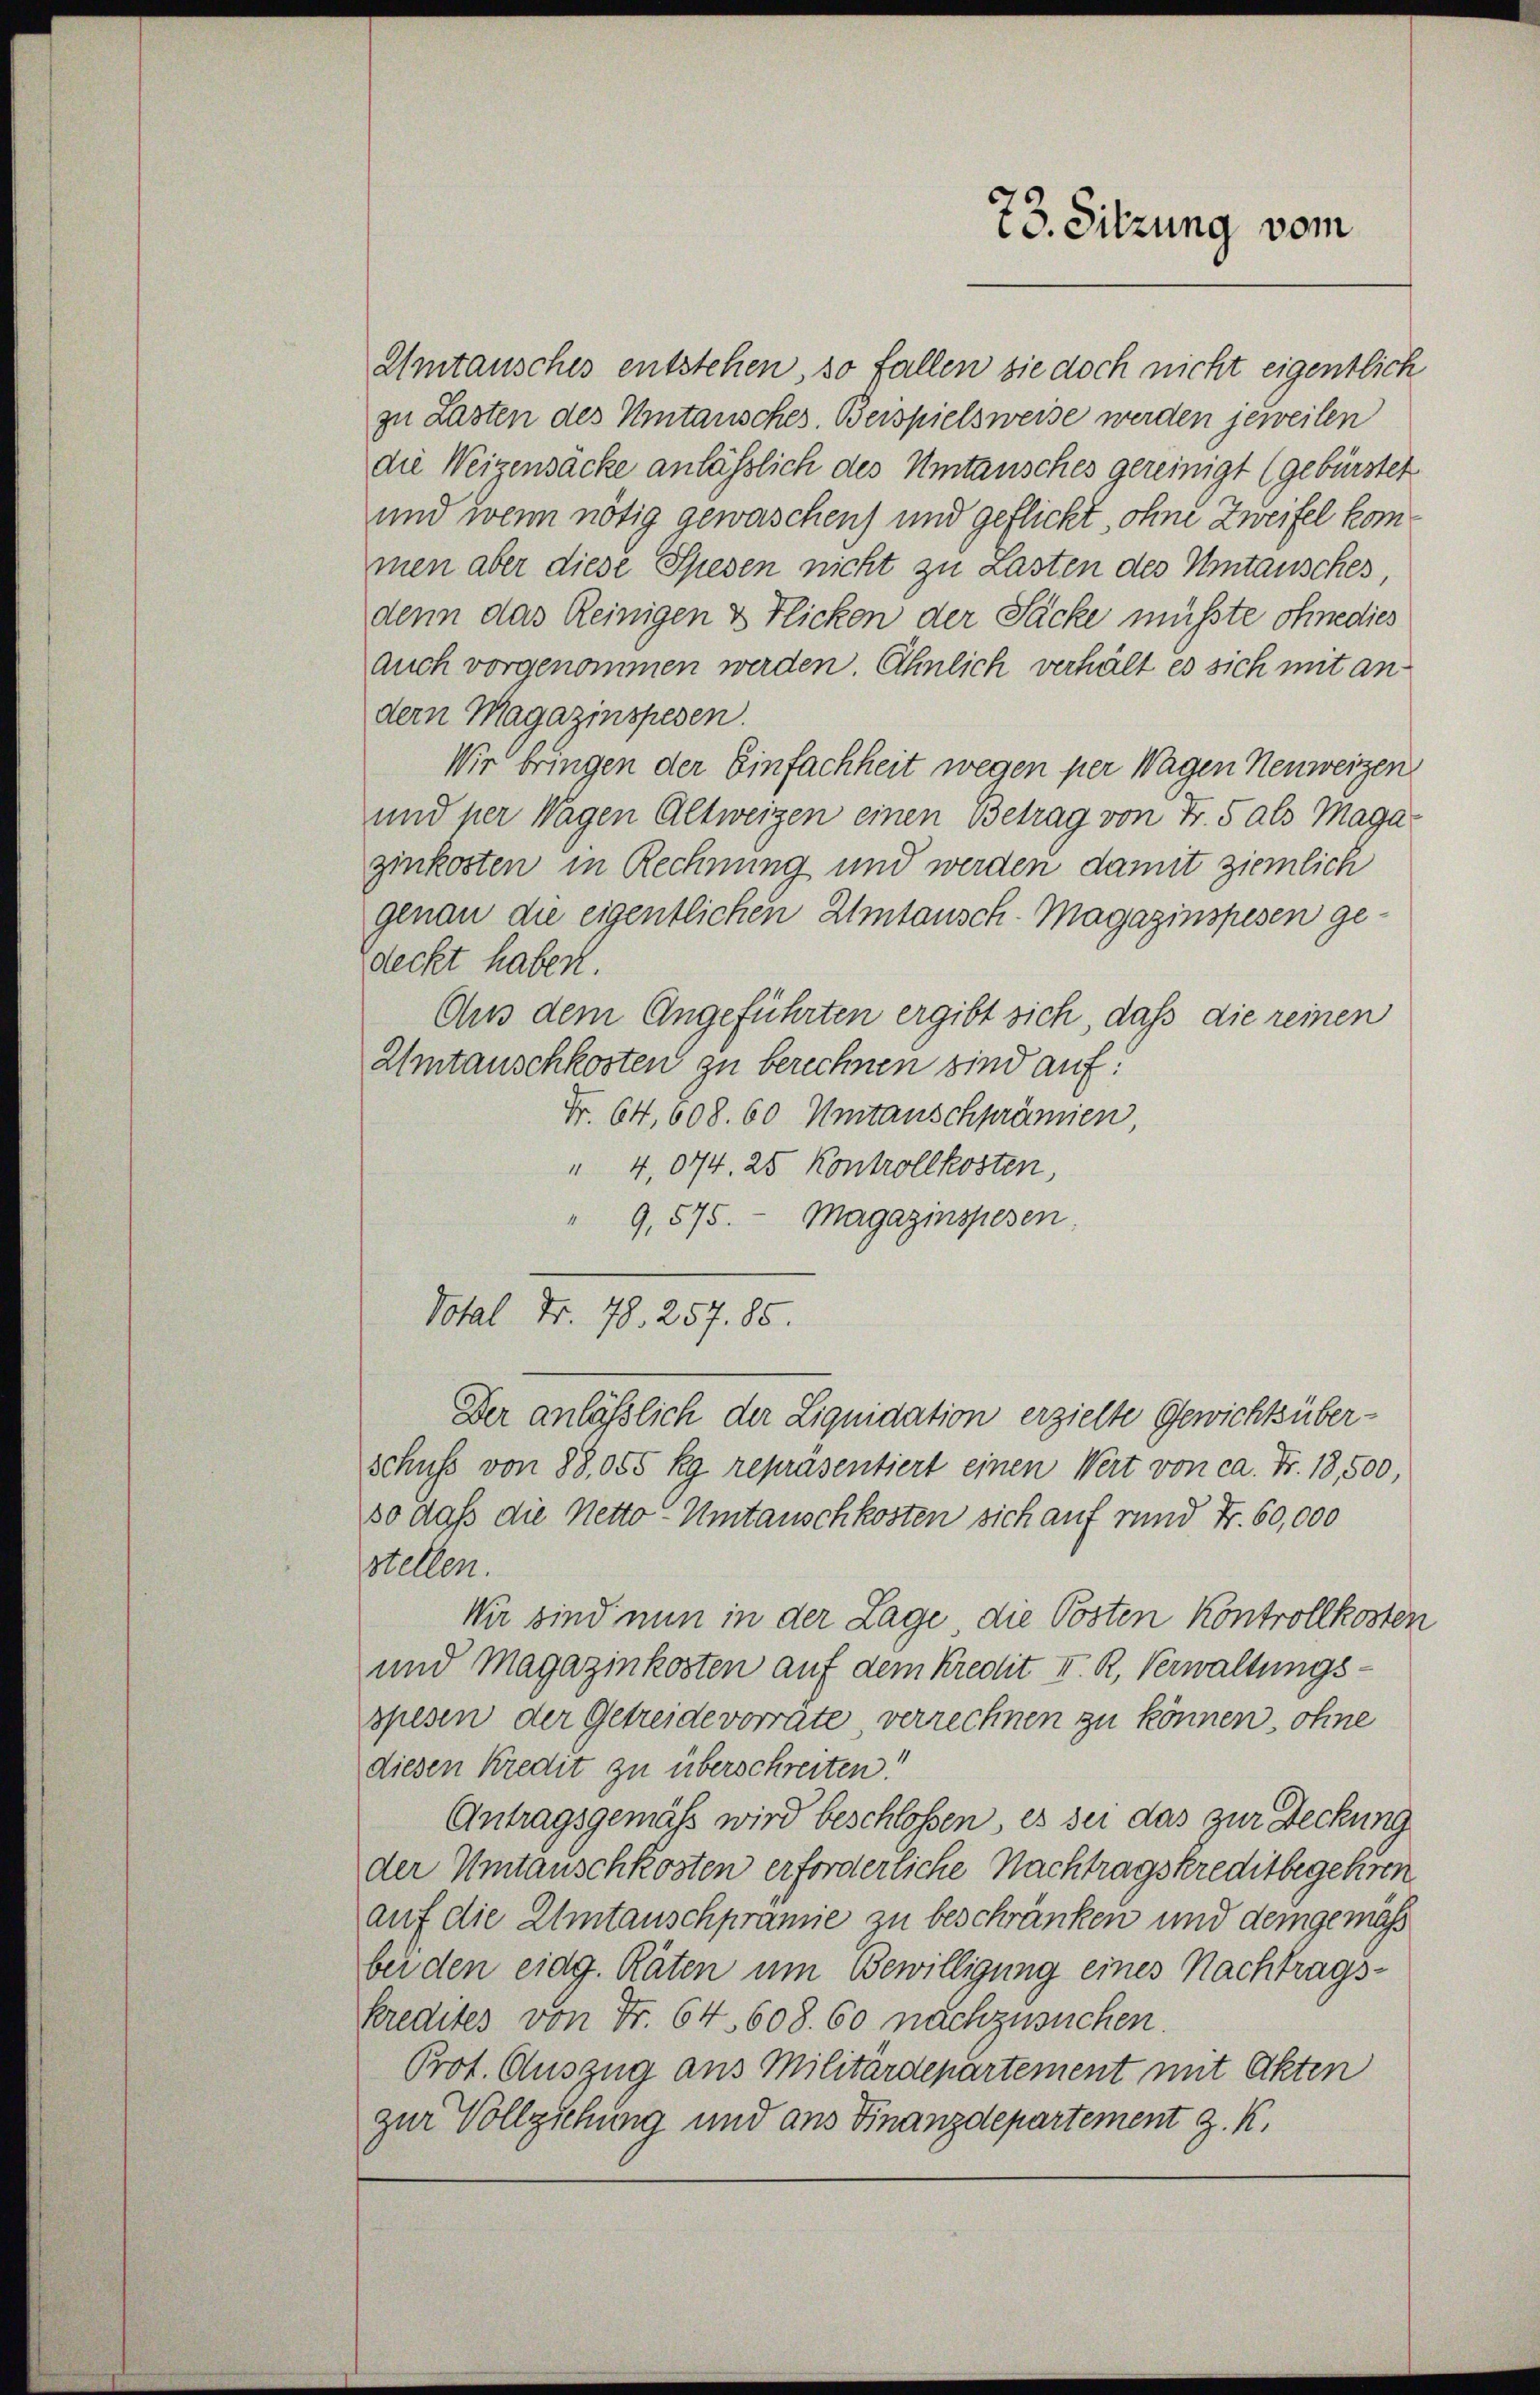
Umtausches entstehen, so fallen sie doch nicht eigentlich
zu Lasten des Mitansches. Beispielsweise werden jeweilen
die Weizensäcke anläßlich des Umtausches gereinigt (gebürstet
und wenn nötig gewaschen) und geflickt, ohne Zweifel kommen aber diese Spesen nicht zu Lasten des Umtausches,
denn das Reinigen & Flicken der Säcke müsste ohnedies
auch vorgenommen werden. Ähnlich verhält es sich mit andern Magazinspesen.
Wir bringen der Einfachheit wegen per Wagen Neuweizen
und per Wagen Altweigen einen Betrag von Fr. 5 als Maga
ginkosten in Rechnung und werden damit ziemlich
genau die eigentlichen Umtausch-Magazinspesen gedeckt haben.
Aus dem Angeführten ergibt sich, daß die reinen
Umtauschkosten zu berechnen sind auf:
Fr. 64, 608. 60 Umtanschprämien,
" 4,074. 25 Kontrollkosten,
" 9,575. Magazinspesen.
Votal Fr. 78. 257. 85.
Der anlässlich der Liquidation erzielte Gewichtsüberschuss von 88,055 kg repräsentiert einen Wert von ca. Fr. 18,500,
so daß die Netto-Umtauschkosten sich auf rund Fr. 60,000
stellen.
Wir sind nun in der Lage die Posten Kontrollkosten
und Magazinkosten auf dem Kredit II. R. Verwaltungsspesen der Getreide vorräte, verrechnen zu können, ohne
diesen Kredit zu überschreiten!
Antragsgemäß wird beschlossen, es sei das zur Deckung
der Umtauschkosten erforderliche Nachtragskreditbegehren
auf die Umtauschprämie zu beschränken und demgemäss
bei den eidg. Räten um Bewilligung eines Nachtragskredites von Fr. 64. 608. 60 nachzusuchen.
Prot. Auszug aus Militärdepartement mit Akten
zur Vollziehung und aus Finanzdepartement z. K.

73. Sitzung vom